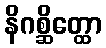
နိဂစ္ဆိတ္ထော